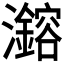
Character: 𪸆